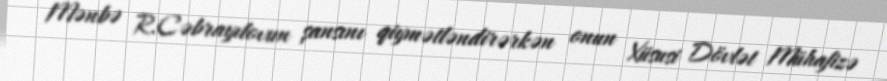
Mənbə R.Cəbrayılovun şansını qiymətləndirərkən onun Xüsusi Dövlət Mühafizə